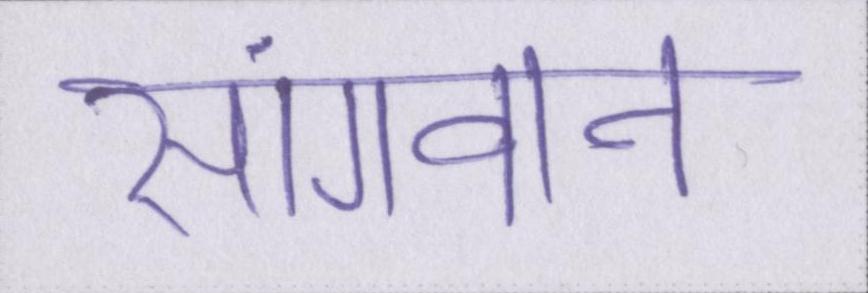
सांगवान